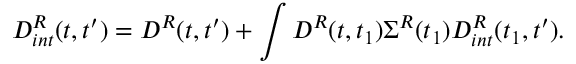
D _ { i n t } ^ { R } ( t , t ^ { \prime } ) = D ^ { R } ( t , t ^ { \prime } ) + \int D ^ { R } ( t , t _ { 1 } ) \Sigma ^ { R } ( t _ { 1 } ) D _ { i n t } ^ { R } ( t _ { 1 } , t ^ { \prime } ) .